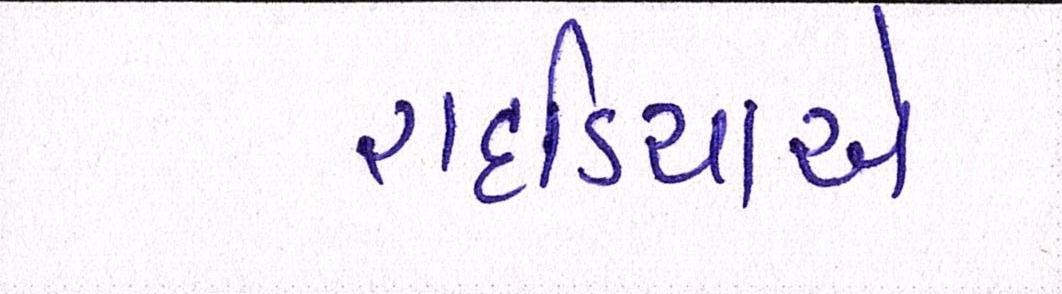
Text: રાદડિયાએ